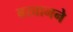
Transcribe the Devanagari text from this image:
बखानने